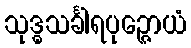
သုဒ္ဓသင်္ခါရပုဉ္ဇောယံ